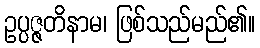
ဥပ္ပဇ္ဇတိနာမ၊ ဖြစ်သည်မည်၏။